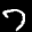
Label: 7